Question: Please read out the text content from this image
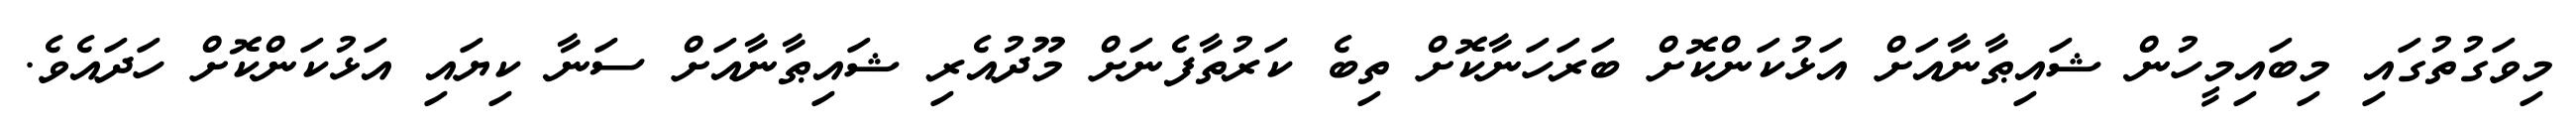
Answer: މިވަގުތުގައި މިބައިމީހުން ޝައިޠާނާއަށް އަޅުކަންކޮށް ބަރަހަނާކޮށް ތިބެ ކަރުތާފެނަށް މޫދުއެރި ޝައިޠާނާއަށް ސަނާ ކިޔައި އަޅުކަންކޮށް ހަދައެވެ.